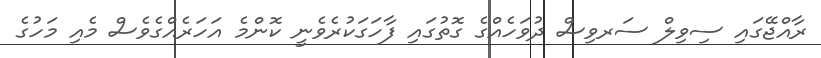
ރާއްޖޭގައި ސިވިލް ސަރވިސް ދުވަހެއްގެ ގޮތުގައި ފާހަގަކުރެވެނީ ކޮންމެ އަހަރެއްގެވެސް މެއި މަހުގެ